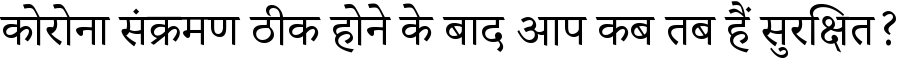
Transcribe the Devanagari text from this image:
कोरोना संक्रमण ठीक होने के बाद आप कब तब हैं सुरक्षित?